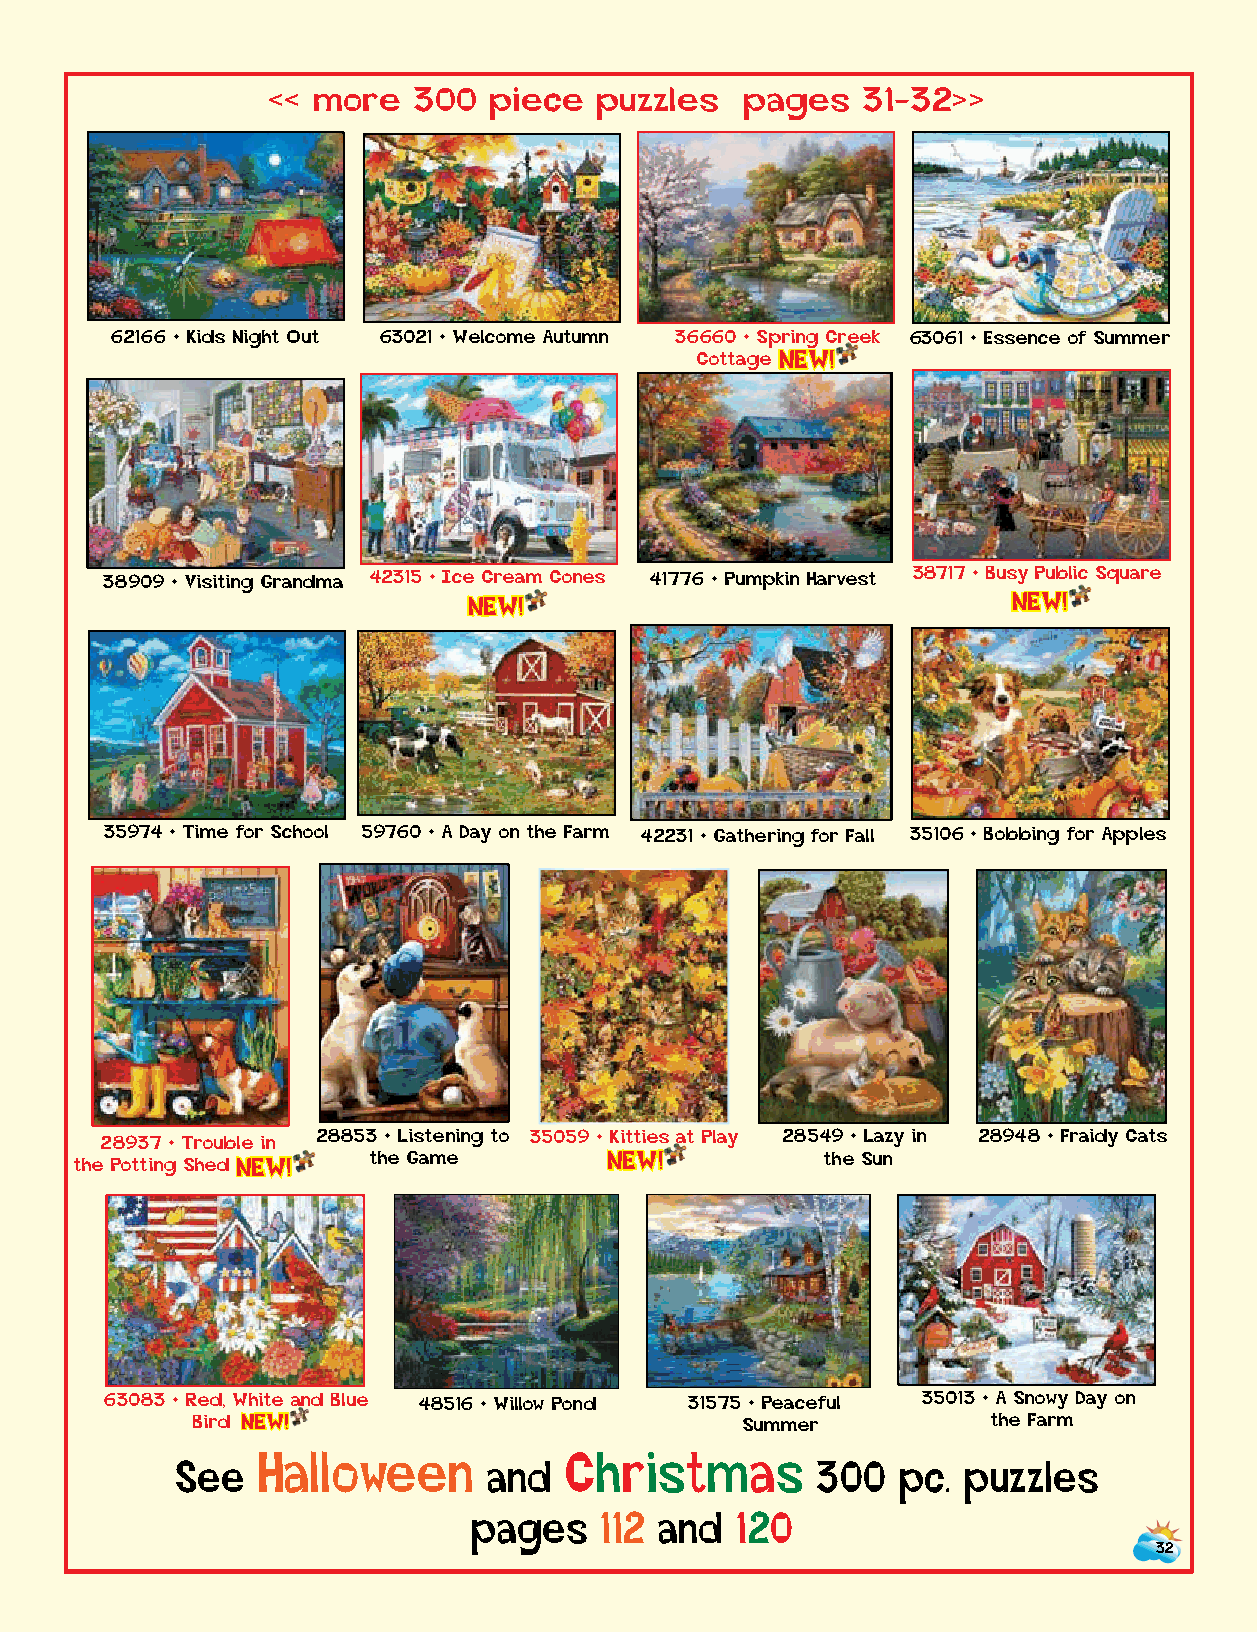
<< more  300  piece   puzzles  pages   31-32>>
 62166 • Kids Night Out 63021 • Welcome Autumn 36660 • Spring Creek 63061 • Essence of Summer
 Cott a g e NEW!
 38909 • Visiting Grandma 42315 • Ice Cream Cones 41776 • Pumpkin Harvest 38717 • Busy Public Square
 NEW!                                NEW!
 35974 • Time for School 59760 • A Day on the Farm 42231 • Gathering for Fall 35106 • Bobbing for Apples
 28937 • Trouble in
 28853 • Listening to 35059 • Kitties at Play 28549 • Lazy in 28948 • Fraidy Cats
 the Potting S h e d N EW!
 the Game        NEW!           the Sun
 63083 • Red, White and Blue 48516 • Willow Pond 31575 • Peaceful 35013 • A Snowy Day on
 B i r d N E W !                     Summer           the Farm
 Halloween           Christmas
 See                 and                   300   pc. puzzles
 pages    112 and  120
 32